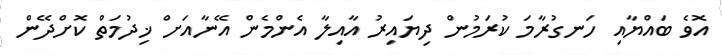
އޮވެ ބައްޔާއި ހަނގުރާމަ ކުރަމުން ދިޔައިރު އާއިލާ އެންމެން އޭނާއަށް ޚިދުމަތް ކޮށްދޭން